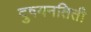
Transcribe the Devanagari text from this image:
दुषयनतिती